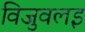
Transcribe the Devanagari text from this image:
विजुवलइ